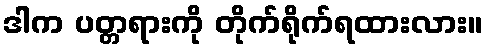
ဒါက ပတ္တရားကို တိုက်ရိုက်ရထားလား။